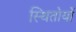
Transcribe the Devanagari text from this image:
स्थितोयों